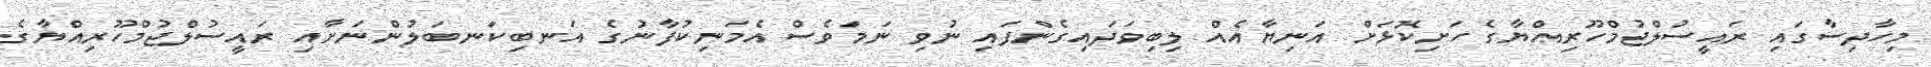
މިހާދިސާގައި ރައީސުލްޖުމްހޫރިއްޔާގެ ހަށިކޮޅަށް އަނިޔާއެއް ލިބިވަދައިގެންފައި ނުވި ނަމަވެސް އެމަނިކުފާނުގެ އަނބިކަނބަލުންނަށާއި ރައީސުލްޖުމްހޫރިއްޔާގެ